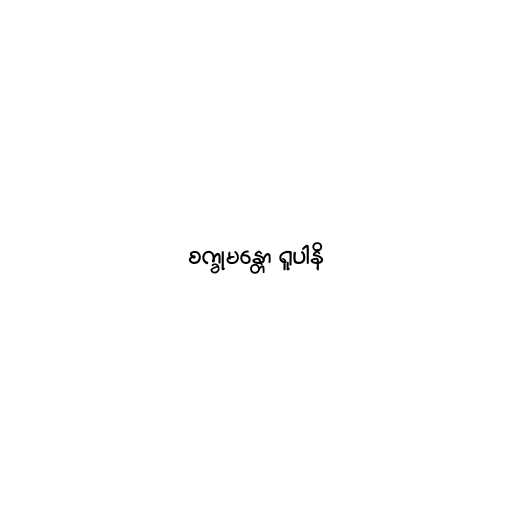
စက္ခုမန္တော ရူပါနိ